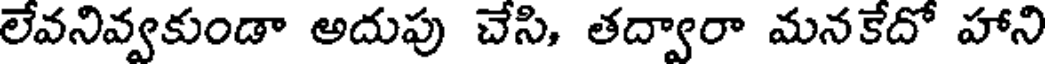
లేవనివ్వకుండా అదుపు చేసి, తద్వారా మనకేదో హాని